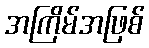
အကြိမ်အဖြစ်